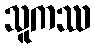
သူကဿ